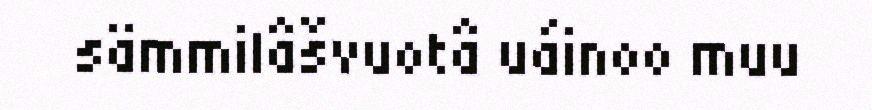
sämmilâšvuotâ uáinoo muu